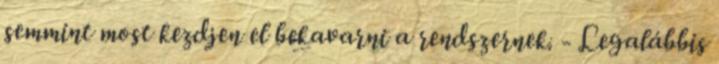
semmint most kezdjen el bekavarni a rendszernek. - Legalábbis